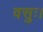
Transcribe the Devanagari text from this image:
वसुः।